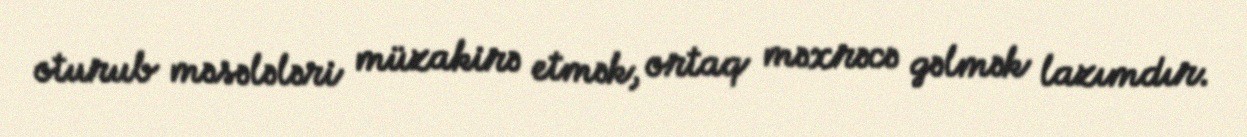
oturub məsələləri müzakirə etmək, ortaq məxrəcə gəlmək lazımdır.